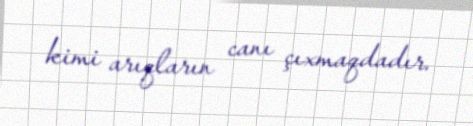
kimi arıqların canı çıxmaqdadır.